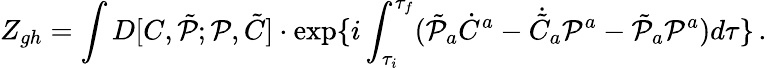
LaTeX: Z_{gh}=\int D[C,\tilde{\cal P};{\cal P},\tilde{C}]\cdot\exp\{ i\int_{\tau_{i}}^{\tau_{f}}(\tilde{\cal P}_{a}\dot{C}^{a}-\dot{\tilde{C}}_{a}{\cal P}^{a}-\tilde{\cal P}_{a}{\cal P}^{a})d\tau\} \, .